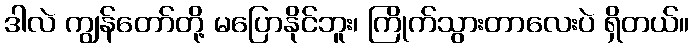
ဒါလဲ ကျွန်တော်တို့ မပြောနိုင်ဘူး၊ ကြိုက်သွားတာလေးပဲ ရှိတယ်။